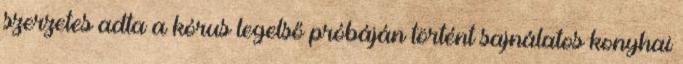
szerzetes adta a kórus legelső próbáján történt sajnálatos konyhai